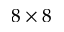
8 \times 8